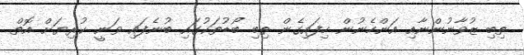
ތިބި ޒުވާނުންނާއި އަންހެނުން ހިފައިގެން ތިބި ބޯޑުތަކުގައި ބުނެފައި ވަނީ ކުރިޔަށް އޮތް